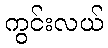
ကွင်းလယ်